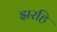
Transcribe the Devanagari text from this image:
झरहि